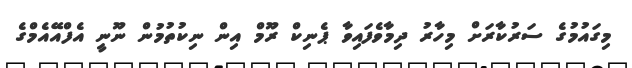
މިގައުމުގެ ސަރުކާރަށް މިހާރު ދިމާވެފައިވާ ޕެނިކް ރޫމް އިން ނިކުތުމުން ނޫނީ އެފްއޭއެމްގެ